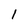
Character: 1